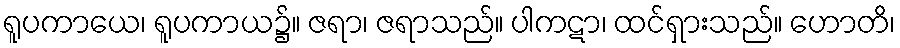
ရူပကာယေ၊ ရူပကာယ၌။ ဇရာ၊ ဇရာသည်။ ပါကဋာ၊ ထင်ရှားသည်။ ဟောတိ၊